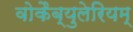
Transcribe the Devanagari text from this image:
वोकैब्युलेरियम्